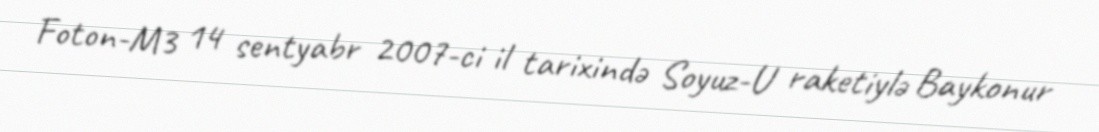
Foton-M3 14 sentyabr 2007-ci il tarixində Soyuz-U raketiylə Baykonur